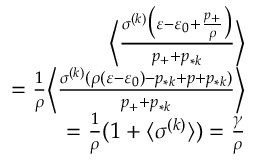
\begin{array} { r } { \Big \langle \frac { \sigma ^ { ( k ) } \big ( \varepsilon - \varepsilon _ { 0 } + \frac { p _ { + } } { \rho } \big ) } { p _ { + } + p _ { * k } } \Big \rangle } \\ { = \frac { 1 } { \rho } \Big \langle \frac { \sigma ^ { ( k ) } ( \rho ( \varepsilon - \varepsilon _ { 0 } ) - p _ { * k } + p + p _ { * k } ) } { p _ { + } + p _ { * k } } \Big \rangle } \\ { = \frac { 1 } { \rho } ( 1 + \langle \sigma ^ { ( k ) } \rangle ) = \frac { \gamma } { \rho } } \end{array}